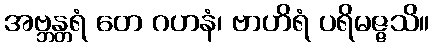
အဗ္ဘန္တရံ တေ ဂဟနံ၊ ဗာဟိရံ ပရိမဇ္ဇသိ။